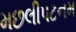
મછલીપટનમ